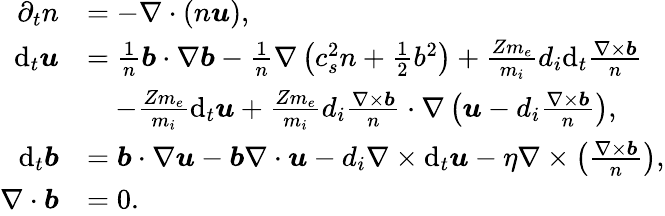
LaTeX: \begin{array}{rl}{\partial_{t}n}&{=-\nabla\cdot(n\boldsymbol{u}),}\\ {\mathrm{d}_{t}\boldsymbol{u}}&{=\frac{1}{n}\boldsymbol{b}\cdot\nabla\boldsymbol{b}-\frac{1}{n}\nabla\left(c_{s}^{2}n+\frac{1}{2}b^{2}\right)+\frac{Zm_{e}}{m_{i}}d_{i}\mathrm{d}_{t}\frac{\nabla\times\boldsymbol{b}}{n}}\\ &{\quad-\frac{Zm_{e}}{m_{i}}\mathrm{d}_{t}\boldsymbol{u}+\frac{Zm_{e}}{m_{i}}d_{i}\frac{\nabla\times\boldsymbol{b}}{n}\cdot\nabla\left(\boldsymbol{u}-d_{i}\frac{\nabla\times\boldsymbol{b}}{n}\right),}\\ {\mathrm{d}_{t}\boldsymbol{b}}&{=\boldsymbol{b}\cdot\nabla\boldsymbol{u}-\boldsymbol{b}\nabla\cdot\boldsymbol{u}-d_{i}\nabla\times\mathrm{d}_{t}\boldsymbol{u}-\eta\nabla\times\left(\frac{\nabla\times\boldsymbol{b}}{n}\right),}\\ {\nabla\cdot\boldsymbol{b}}&{=0.}\end{array}